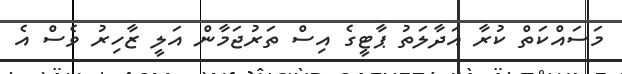
މަސައްކަތް ކުރާ އަދާލަތު ޕާޓީގެ އިސް ތަރުޖަމާން އަލީ ޒާހިރު ވެސް އެ